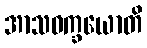
အာသဝက္ခယောတိ